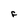
Character: F